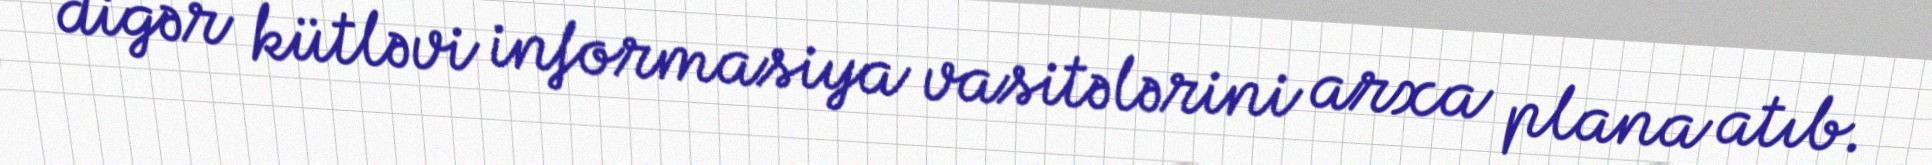
digər kütləvi informasiya vasitələrini arxa plana atıb.